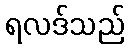
ရလဒ်သည်